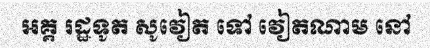
អគ្គ រដ្ឋទូត សូវៀត ទៅ វៀតណាម នៅ